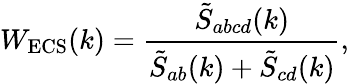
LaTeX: W_{\mathrm{ECS}}(k)=\frac{\tilde{S}_{abcd}(k)}{\tilde{S}_{ab}(k)+\tilde{S}_{cd}(k)},